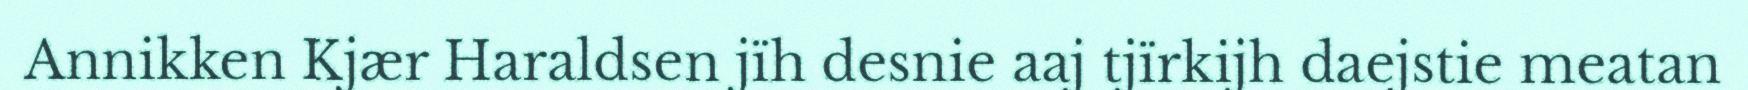
Annikken Kjær Haraldsen jïh desnie aaj tjïrkijh daejstie meatan